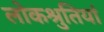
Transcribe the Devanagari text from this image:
लोकश्रुतियां